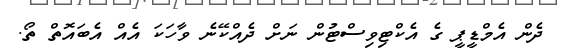
ދެން އެމްޑީޕީ ގެ އެކްޓިވިސްޓުން ނަށް ދެއްކޭނެ ވާހަކަ އެއް އެބައޮތް ތޯ.